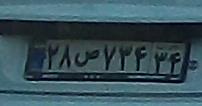
۲۸ص۷۳۴۳۴